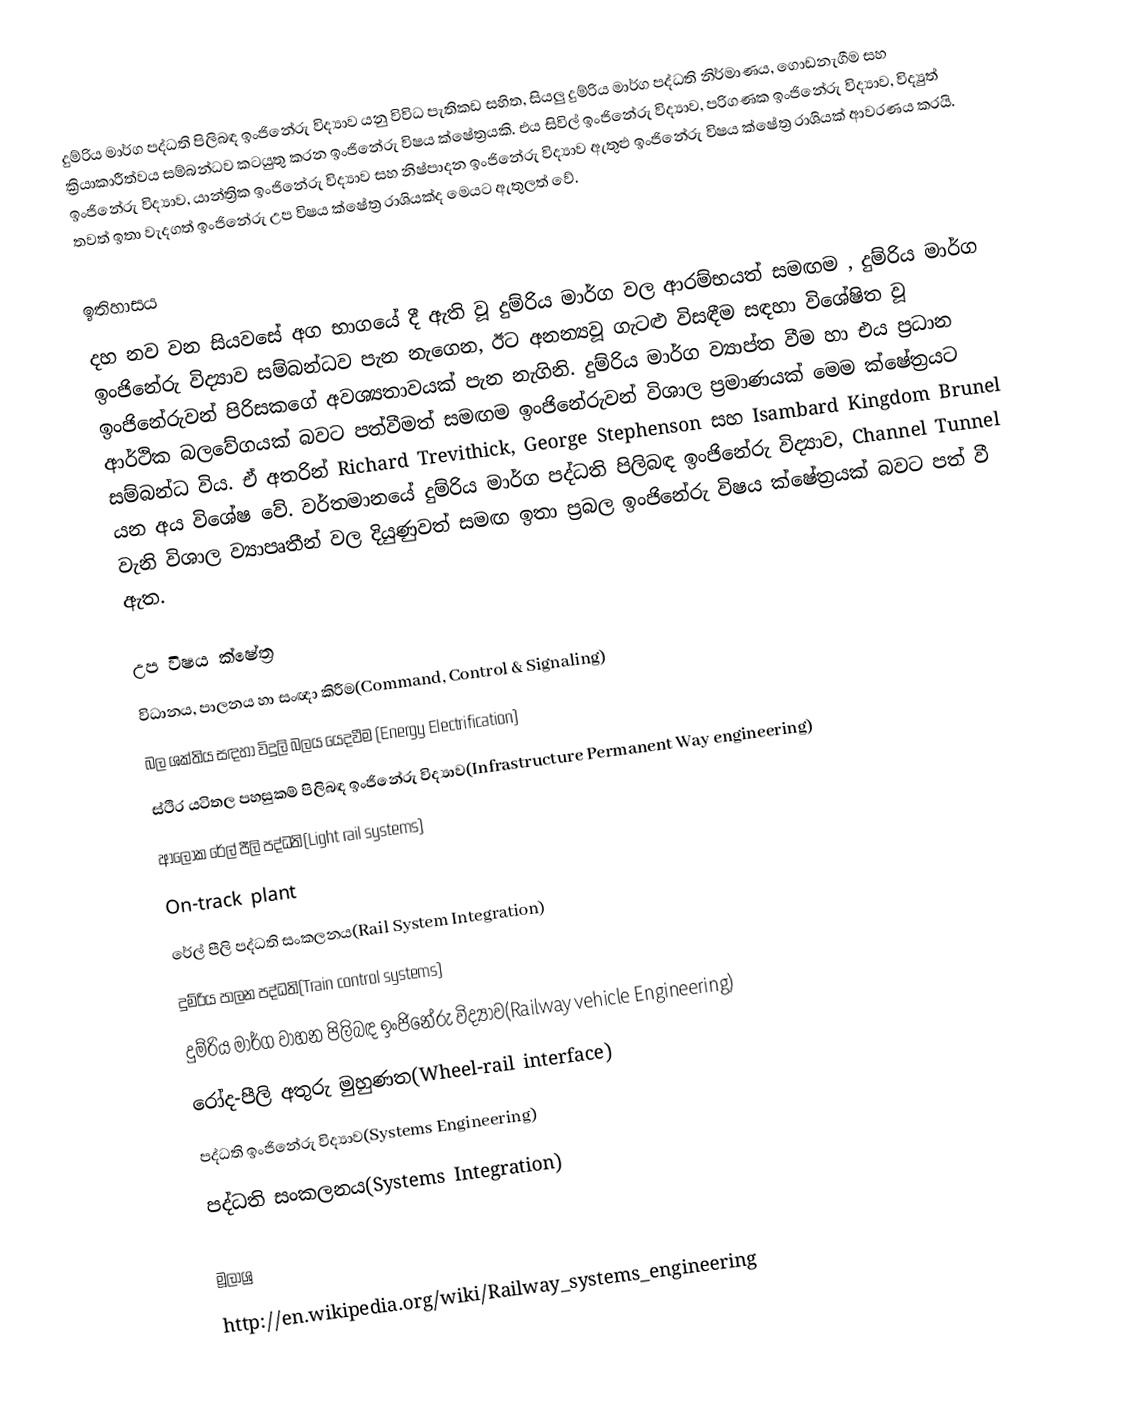
දුම්රිය මාර්ග පද්ධති පිලිබඳ ඉංජිනේරු විද්‍යාව යනු විවිධ පැතිකඩ සහිත, සියලු දුම්රිය මාර්ග පද්ධති නිර්මාණය, ගොඩනැගීම සහ  ක්‍රියාකාරීත්වය සම්බන්ධව කටයුතු කරන ඉංජිනේරු විෂය ක්ෂේත්‍රයකි. එය සිවිල් ඉංජිනේරු විද්‍යාව, පරිගණක ඉංජිනේරු විද්‍යාව, විද්‍යුත් ඉංජිනේරු විද්‍යාව, යාන්ත්‍රික ඉංජිනේරු විද්‍යාව සහ නිෂ්පාදන ඉංජිනේරු විද්‍යාව ඇතුළු  ඉංජිනේරු විෂය ක්ෂේත්‍ර රාශියක් ආවරණය කරයි. තවත් ඉතා වැදගත් ඉංජිනේරු උප විෂය ක්ෂේත්‍ර රාශියක්ද මෙයට ඇතුලත් වේ.

ඉතිහාසය
දහ නව වන සියවසේ අග භාගයේ දී ඇති වූ දුම්රිය මාර්ග වල ආරම්භයත් සමඟම , දුම්රිය මාර්ග ඉංජිනේරු විද්‍යාව සම්බන්ධව පැන නැගෙන, ඊට අනන්‍යවූ ගැටළු විසඳීම සඳහා විශේෂිත වූ ඉංජිනේරුවන් පිරිසකගේ අවශ්‍යතාවයක් පැන නැගිනි. දුම්රිය මාර්ග ව්‍යාප්ත වීම හා එය ප්‍රධාන ආර්ථික බලවේගයක් බවට පත්වීමත් සමඟම ඉංජිනේරුවන් විශාල ප්‍රමාණයක් මෙම ක්ෂේත්‍රයට සම්බන්ධ විය. ඒ අතරින් Richard Trevithick, George Stephenson සහ Isambard Kingdom Brunel යන අය විශේෂ වේ. වර්තමානයේ දුම්රිය මාර්ග පද්ධති පිලිබඳ ඉංජිනේරු විද්‍යාව, Channel Tunnel වැනි විශාල ව්‍යාපෘතීන් වල දියුණුවත් සමඟ ඉතා ප්‍රබල ඉංජිනේරු විෂය ක්ෂේත්‍රයක් බවට පත් වී ඇත.

උප විෂය ක්ෂේත්‍ර
විධානය, පාලනය හා සංඥා කිරීම(Command, Control & Signaling)
බල ශක්තිය සඳහා විදුලි බලය යෙදවීම (Energy Electrification)
ස්ථිර යටිතල පහසුකම් පිලිබඳ ඉංජිනේරු විද්‍යාව(Infrastructure Permanent Way engineering)
ආලෝක රේල් පීලි පද්ධති(Light rail systems)
On-track plant
රේල් පීලි පද්ධති සංකලනය(Rail System Integration)
දුම්රිය පාලන පද්ධති(Train control systems)
දුම්රිය මාර්ග වාහන පිලිබඳ ඉංජිනේරු විද්‍යාව(Railway vehicle Engineering)
රෝද-පීලි අතුරු මුහුණත(Wheel-rail interface)
පද්ධති ඉංජිනේරු විද්‍යාව(Systems Engineering)
පද්ධති සංකලනය(Systems Integration)

මූලාශ්‍ර
http://en.wikipedia.org/wiki/Railway_systems_engineering